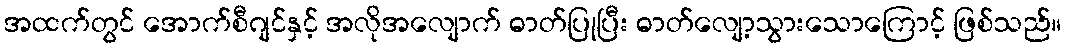
အထက်တွင် အောက်စီဂျင်နှင့် အလိုအလျောက် ဓာတ်ပြုပြီး ဓာတ်လျော့သွားသောကြောင့် ဖြစ်သည်။